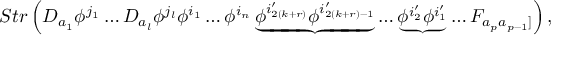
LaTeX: S t r \left( D _ { a _ { 1 } } \phi ^ { j _ { 1 } } \ldots D _ { a _ { l } } \phi ^ { j _ { l } } \phi ^ { i _ { 1 } } \ldots \phi ^ { i _ { n } } \underbrace { \phi ^ { i _ { 2 ( k + r ) } ^ { \prime } } \phi ^ { i _ { 2 ( k + r ) - 1 } ^ { \prime } } } \dots \underbrace { \phi ^ { i _ { 2 } ^ { \prime } } \phi ^ { i _ { 1 } ^ { \prime } } } \ldots F _ { a _ { p } a _ { p - 1 } ] } \right) ,